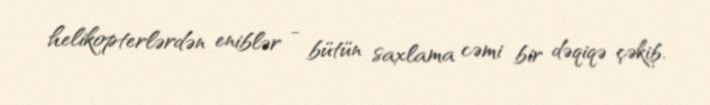
helikopterlərdən eniblər - bütün saxlama cəmi bir dəqiqə çəkib.